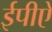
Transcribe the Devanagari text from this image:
ईपीऐ